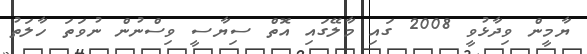
ޔާމީން ވިދާޅުވީ 2008 ގައި މާލޭގައި އޮތް ސިޔާސީ ވިސްނުން ނުވަތަ ހާލަތު